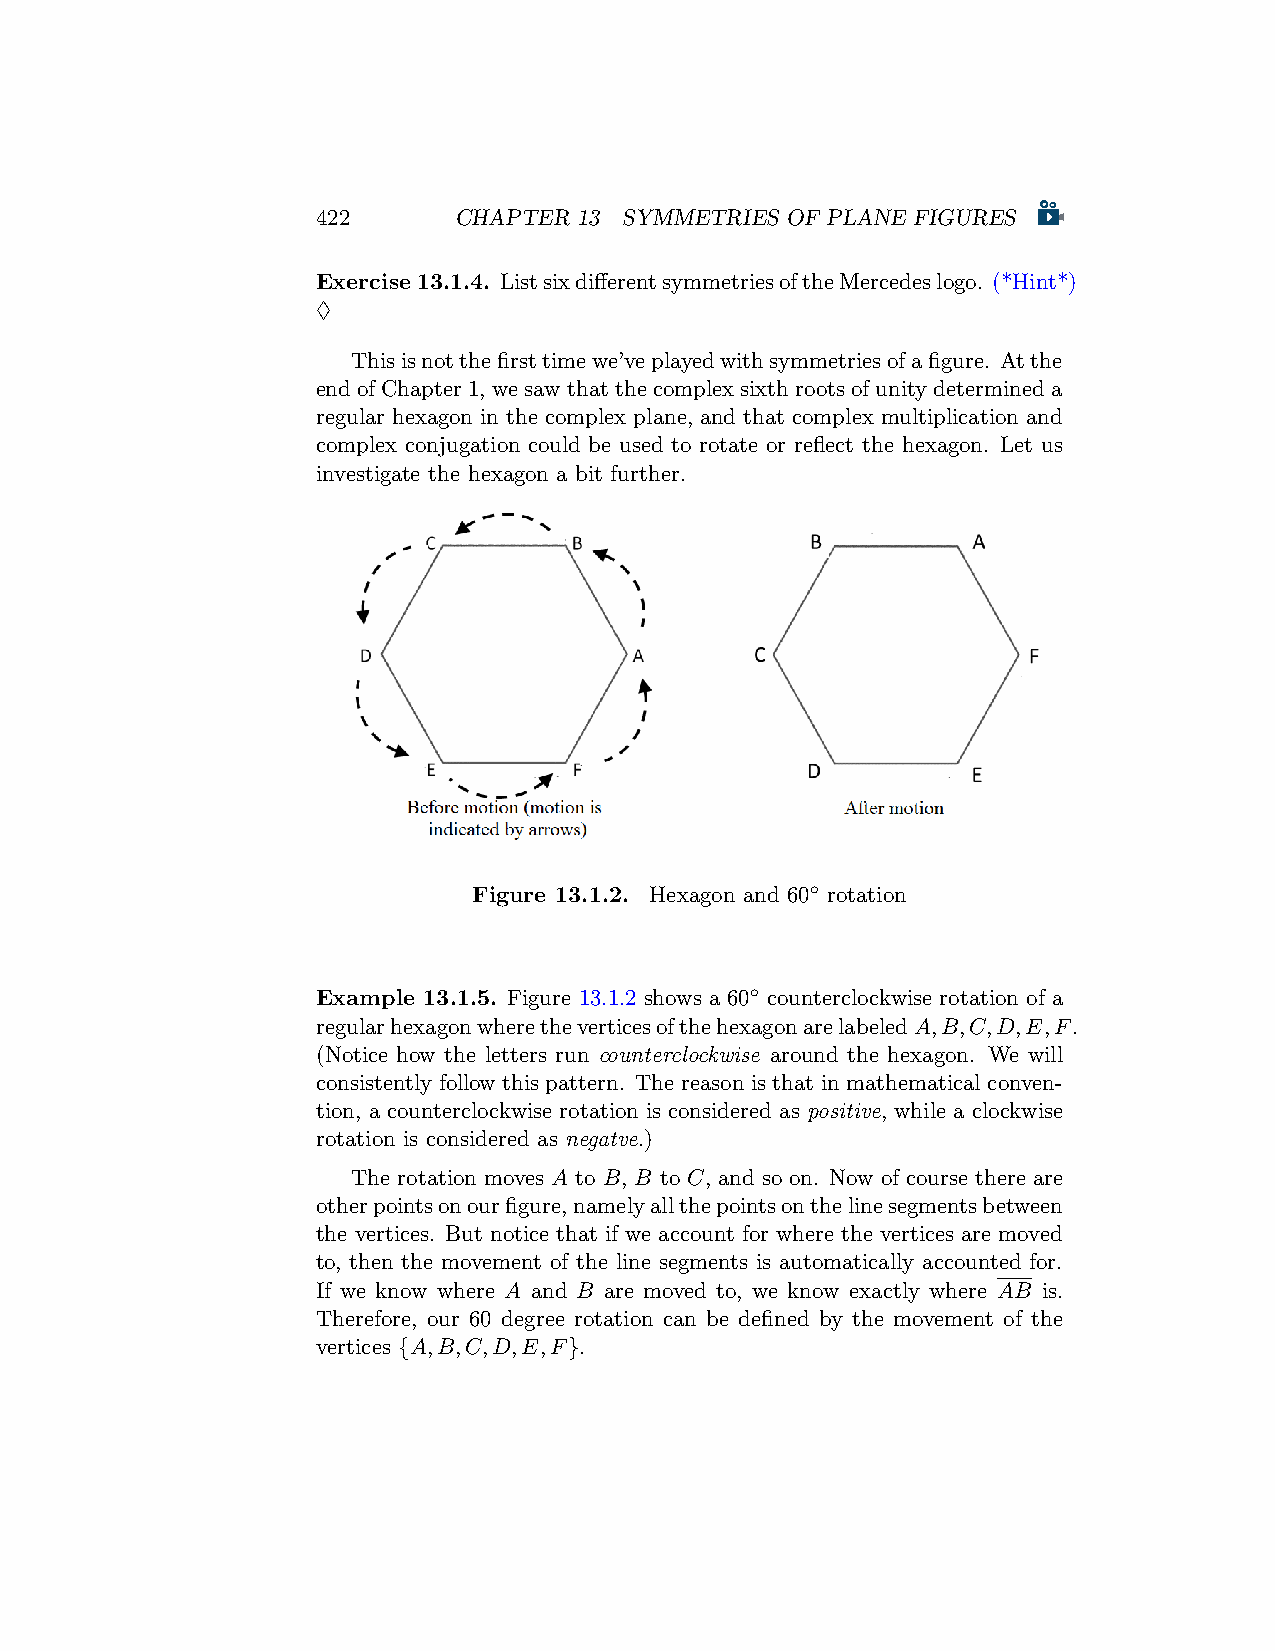
422      CHAPTER 13 SYMMETRIES OF PLANE FIGURES
 Exercise13.1.4. ListsixdifferentsymmetriesoftheMercedeslogo. (*Hint*)
 ♢
 Thisisnotthefirsttimewe’veplayedwithsymmetriesofafigure. Atthe
 endofChapter1, wesawthatthecomplexsixthrootsofunitydetermineda
 regular hexagon in the complex plane, and that complex multiplication and
 complex conjugation could be used to rotate or reflect the hexagon. Let us
 investigate the hexagon a bit further.
 Figure 13.1.2. Hexagon and 60◦ rotation
 Example 13.1.5. Figure 13.1.2 shows a 60◦ counterclockwise rotation of a
 regularhexagonwheretheverticesofthehexagonarelabeledA,B,C,D,E,F.
 (Notice how the letters run counterclockwise around the hexagon. We will
 consistently follow this pattern. The reason is that in mathematical conven-
 tion, a counterclockwise rotation is considered as positive, while a clockwise
 rotation is considered as negatve.)
 The rotation moves A to B, B to C, and so on. Now of course there are
 otherpointsonourfigure,namelyallthepointsonthelinesegmentsbetween
 the vertices. But notice that if we account for where the vertices are moved
 to, then the movement of the line segments is automatically accounted for.
 If we know where A and B are moved to, we know exactly where AB is.
 Therefore, our 60 degree rotation can be defined by the movement of the
 vertices {A,B,C,D,E,F}.